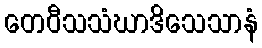
တေဝီသသံဃာဒိသေသာနံ